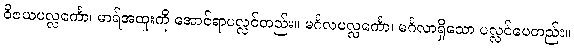
ဝိဇယပလ္လင်္ကော၊ မာရ်အထူးကို အောင်ရာပလ္လင်တည်း။ မင်္ဂလပလ္လင်္ကော၊ မင်္ဂလာရှိသော ပလ္လင်ပေတည်း။